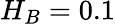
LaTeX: H_{B}=0.1